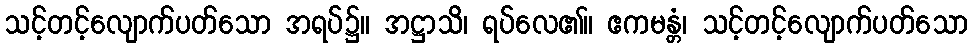
သင့်တင့်လျောက်ပတ်သော အရပ်၌။ အဋ္ဌာသိ၊ ရပ်လေ၏။ ဧကမန္တံ၊ သင့်တင့်လျောက်ပတ်သော